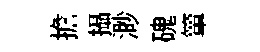
擔攝渺磈簞